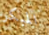
المبكر